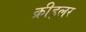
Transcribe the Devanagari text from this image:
क्रीड्लर